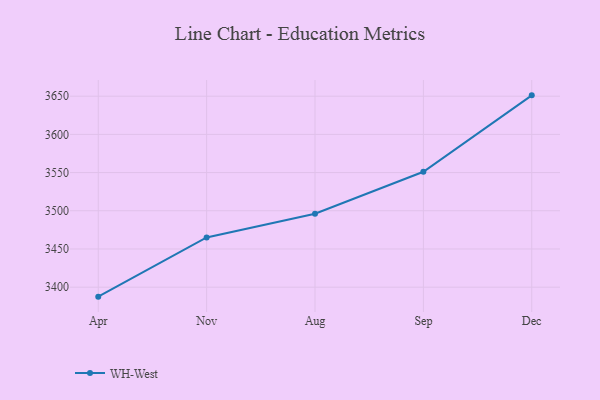
{"axis": {"x": "Month", "y": "Satisfaction Score"}, "legend": ["WH-West"], "data": [{"x": "Apr", "y": 3387.6, "type": "WH-West"}, {"x": "Nov", "y": 3465.1, "type": "WH-West"}, {"x": "Aug", "y": 3496.2, "type": "WH-West"}, {"x": "Sep", "y": 3551.1, "type": "WH-West"}, {"x": "Dec", "y": 3651.1, "type": "WH-West"}]}